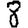
Digit: 8